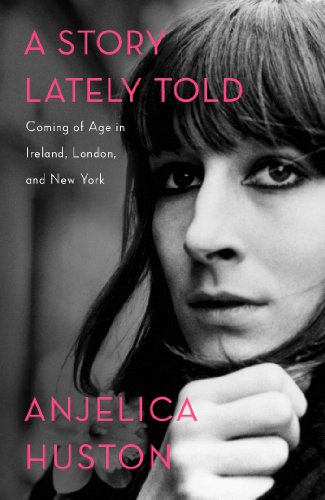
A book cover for A Story Lately Told: Coming of Age in Ireland, London, and New York; Anjelica Huston; Biographies & Memoirs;